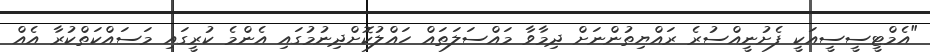
"އެމްޓީސީސީއަކީ ފެށުނީއްސުރެ ރައްޔިތުންނަށް ދިމާވާ މައްސަލަތައް ހައްލުކޮށްދިނުމުގައި އެންމެ ކުރީގައި މަސައްކަތްކުރާ އެއް